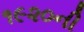
૧૯૨૦ની